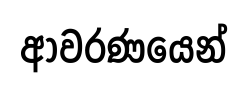
ආවරණයෙන්